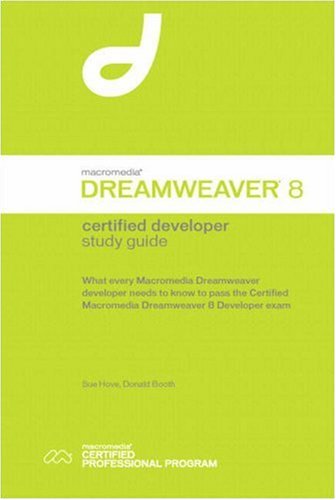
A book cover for Macromedia Dreamweaver 8 Certified Developer Study Guide; Sue Hove; Computers & Technology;